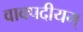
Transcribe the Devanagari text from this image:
वाक्पदीयम्‌